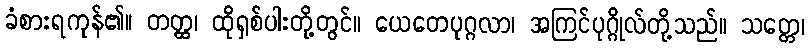
ခံစားရကုန်၏။ တတ္ထ၊ ထိုရှစ်ပါးတို့တွင်။ ယေတေပုဂ္ဂလာ၊ အကြင်ပုဂ္ဂိုလ်တို့သည်။ သတ္တေ၊